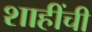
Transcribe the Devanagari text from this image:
शाहींची